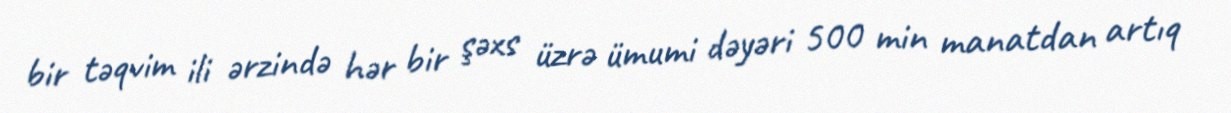
bir təqvim ili ərzində hər bir şəxs üzrə ümumi dəyəri 500 min manatdan artıq